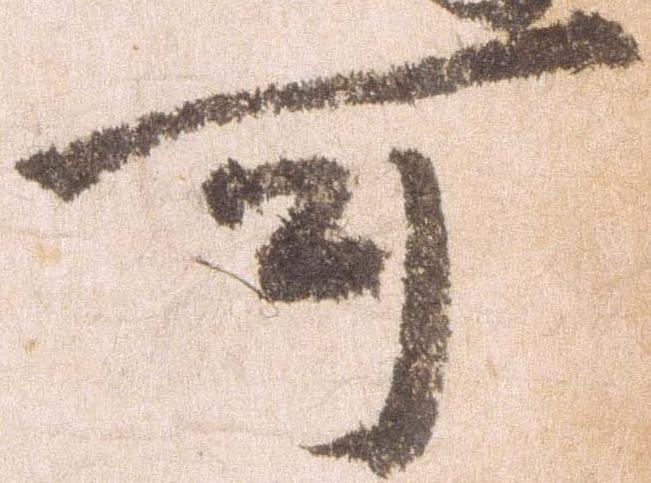
可